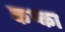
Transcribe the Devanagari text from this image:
कप्का